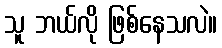
သူ ဘယ်လို ဖြစ်နေသလဲ။